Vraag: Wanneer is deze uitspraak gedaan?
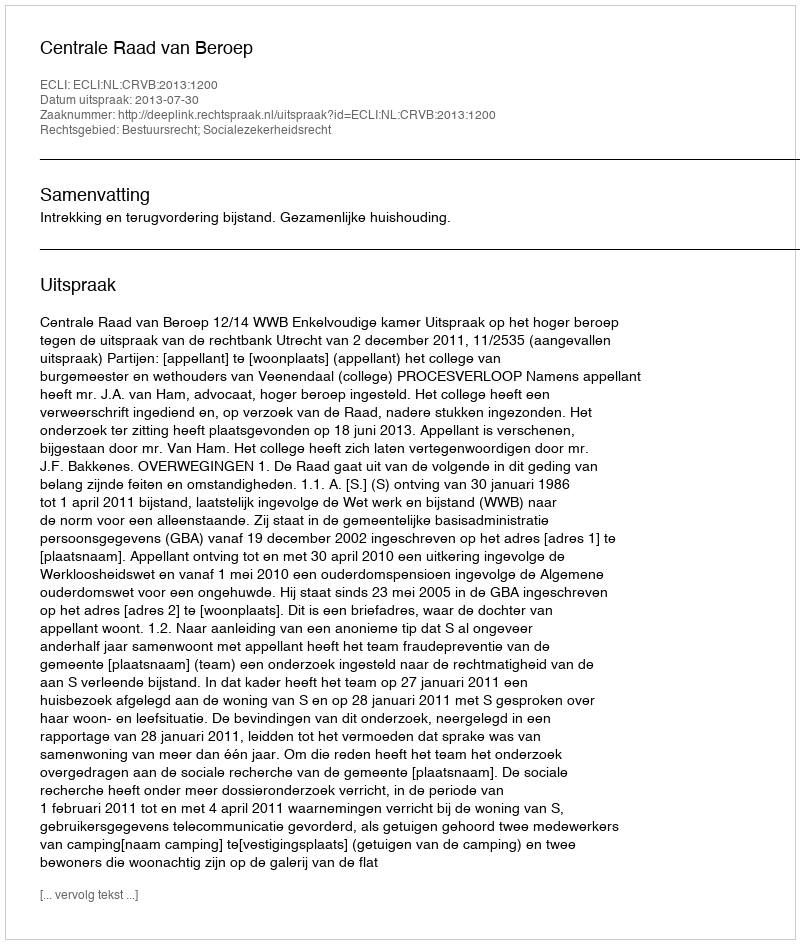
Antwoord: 2013-07-30